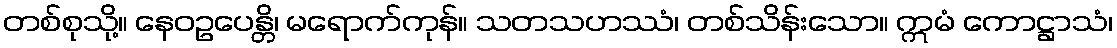
တစ်စုသို့။ နေဝဥပေန္တိ၊ မရောက်ကုန်။ သတသဟဿံ၊ တစ်သိန်းသော။ ဣမံ ကောဋ္ဌာသံ၊